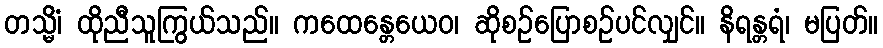
တသ္မိံ၊ ထိုညီသူကြွယ်သည်။ ကထေန္တေယေဝ၊ ဆိုစဉ်ပြောစဉ်ပင်လျှင်။ နိရန္တရံ၊ မပြတ်။